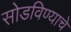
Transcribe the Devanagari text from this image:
सोडविण्‍याचे